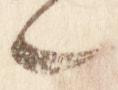
々